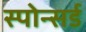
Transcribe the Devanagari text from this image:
स्पोन्सर्ड